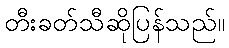
တီးခတ်သီဆိုပြန်သည်။